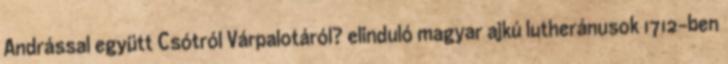
Andrással együtt Csótról Várpalotáról? elinduló magyar ajkú lutheránusok 1712-ben